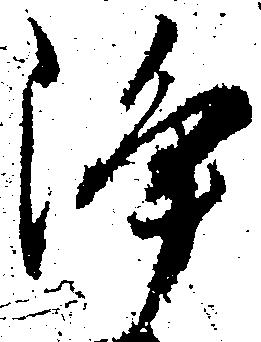
浄